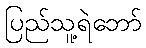
ပြည်သူ့ရဲဘော်